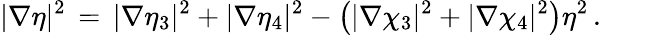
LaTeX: |\nabla\eta|^{2}\, =\, |\nabla\eta_{3}|^{2}+|\nabla\eta_{4}|^{2}-\bigl(|\nabla\chi_{3}|^{2}+|\nabla\chi_{4}|^{2}\bigr)\eta^{2}\, .\qquad